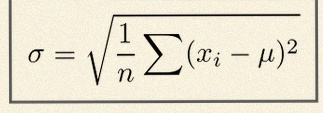
\sigma=\sqrt{\frac1n\sum(x_i-\mu)^2}